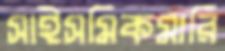
সাইসমিকমারি